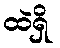
ထဲရှိ